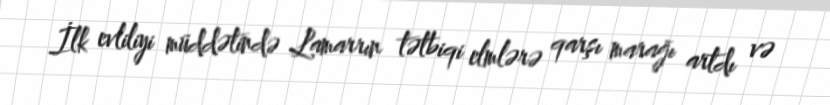
İlk evliliyi müddətində Lamarrın tətbiqi elmlərə qarşı marağı artdı və